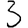
Digit: 3